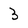
Character: 3